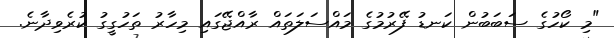
"މި ކޯހުގެ ސަބަބުން ކަނޑު ފޭރުމުގެ މައްސަލަތައް ރާއްޖޭގައި މިހާރު ތަހުގީގު ކުރެވިދާނެ.